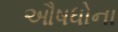
ઔષધોના